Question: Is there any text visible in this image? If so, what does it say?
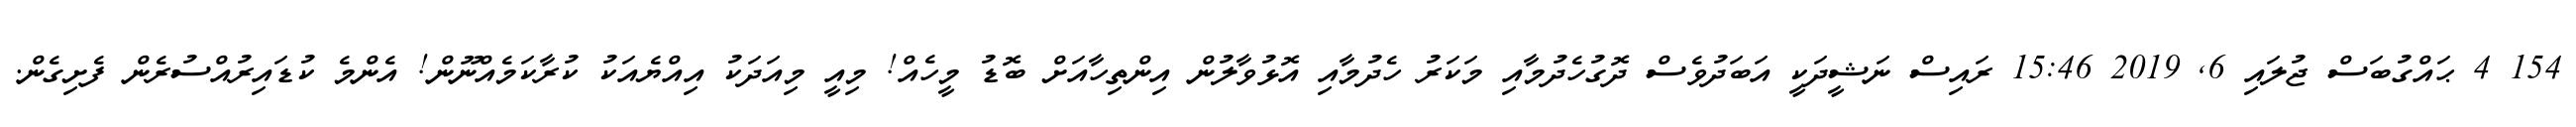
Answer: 154 4 ޙައްގުބަސް ޖުލައި 6, 2019 15:46 ރައިސް ނަޝީދަކީ އަބަދުވެސް ދޮގުހެދުމާއި މަކަރު ހެދުމާއި އޮޅުވާލުން އިންތިހާއަށް ބޮޑު މީހެއް! މިއީ މިއަދަކު އިއްޔެއަކު ކުރާކަމެއްނޫން! އެންމެ ކުޑައިރުއްސުރެން ފެށިގެން.